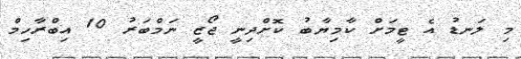
މި ލަނޑު އެ ޓީމަށް ކާމިޔާބު ކޮށްދިނީ ޖޯޒީ ނަމްބަރު 10 އިބްރާހިމް